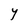
Character: Y